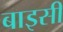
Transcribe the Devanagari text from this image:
बाइसीं